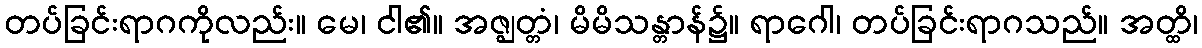
တပ်ခြင်းရာဂကိုလည်း။ မေ၊ ငါ၏။ အဇ္ဈတ္တံ၊ မိမိသန္တာန်၌။ ရာဂေါ၊ တပ်ခြင်းရာဂသည်။ အတ္ထိ၊